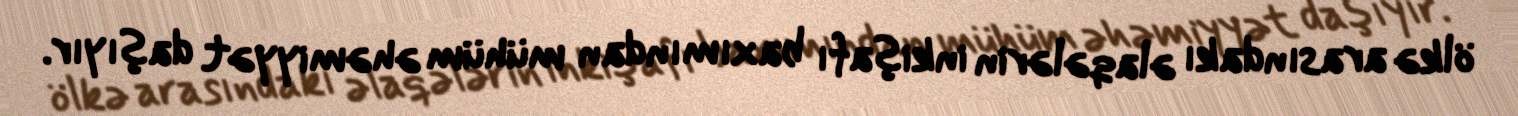
ölkə arasındakı əlaqələrin inkişafı baxımından mühüm əhəmiyyət daşıyır.